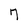
Character: 7